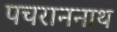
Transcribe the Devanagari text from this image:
पचराननाथ